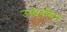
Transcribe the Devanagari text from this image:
उच्छ्‌वसित